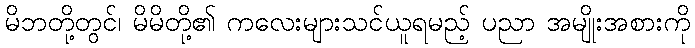
မိဘတို့တွင်၊ မိမိတို့၏ ကလေးများသင်ယူရမည့် ပညာ အမျိုးအစားကို